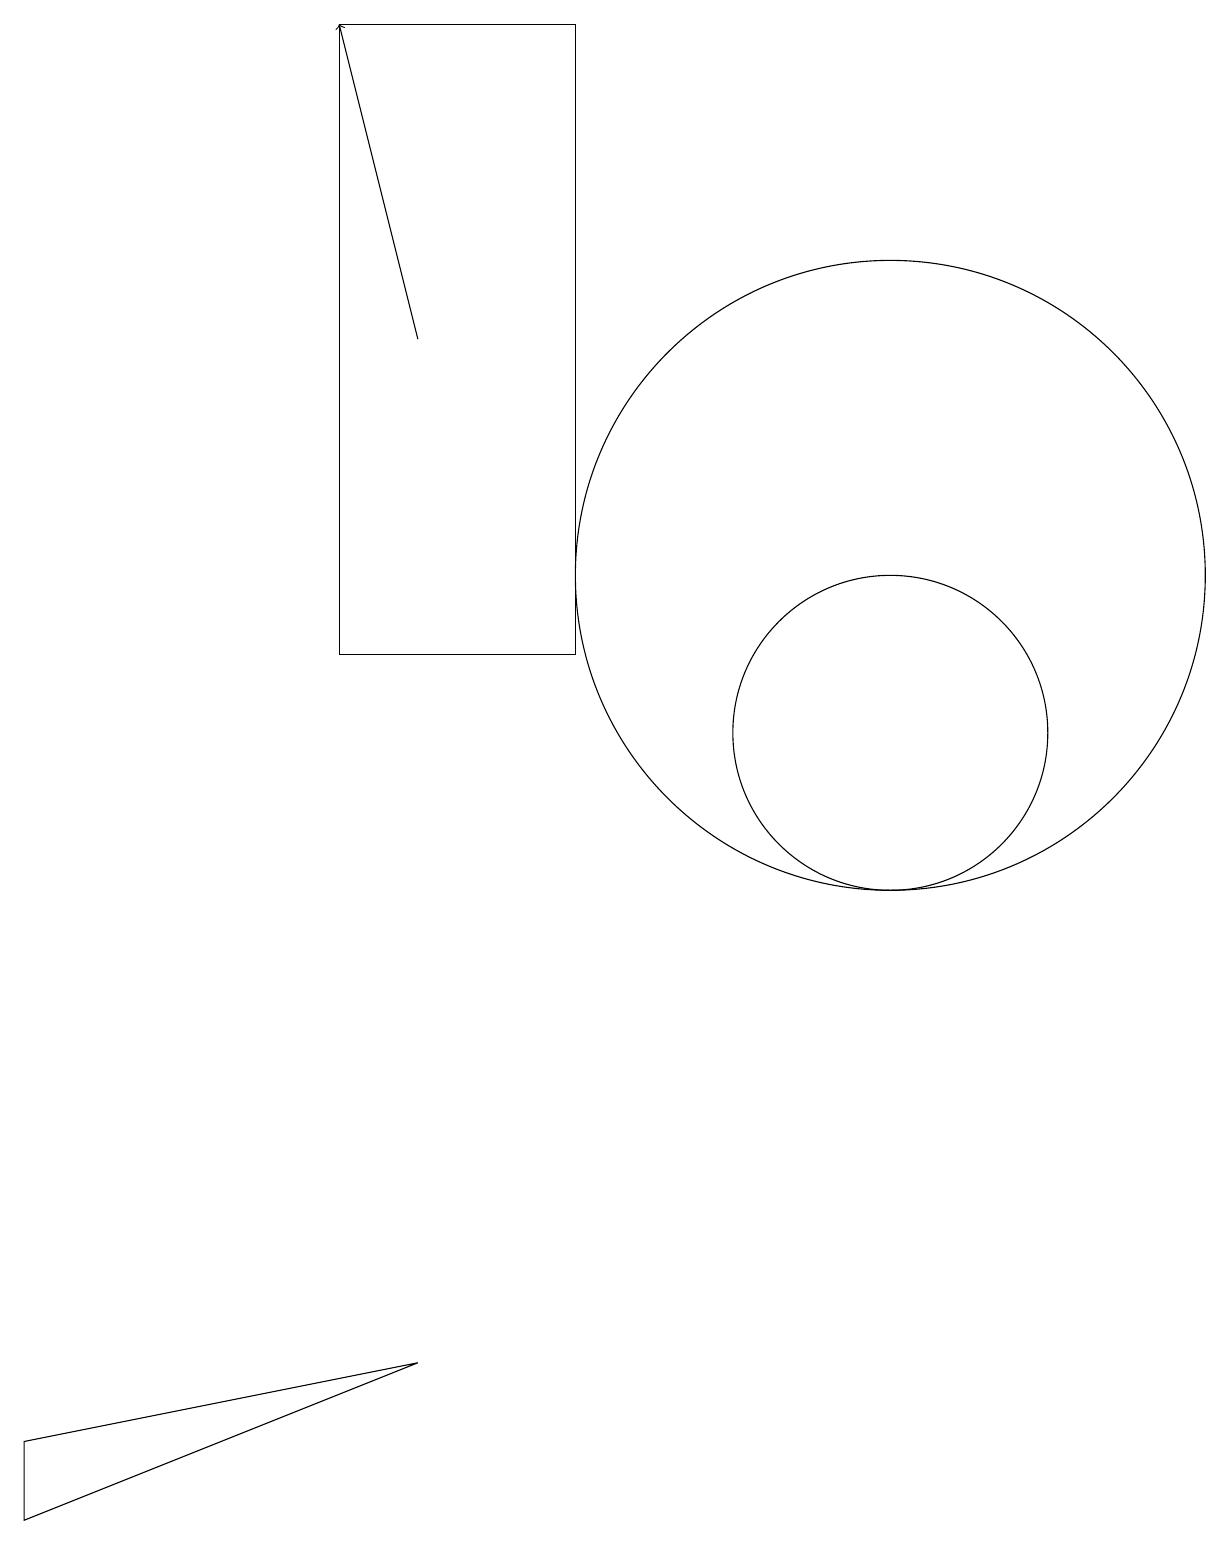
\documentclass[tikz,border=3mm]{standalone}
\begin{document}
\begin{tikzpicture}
\draw[->] (6,15) -- (5,19);
\draw (12,10) circle (2);
\draw (5,11) rectangle (8,19);
\draw (6,2) -- (1,1) -- (1,0) -- cycle;
\draw (12,12) circle (4);
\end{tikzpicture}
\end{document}